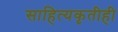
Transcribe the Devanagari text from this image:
साहित्यकृतीही